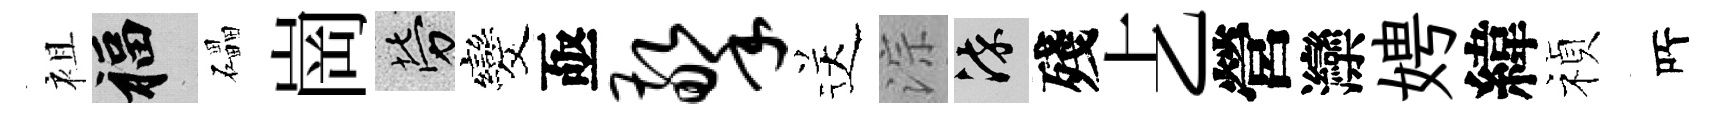
袓福礧崗勞发亟擎送淙染殘𠧒營灤娉緯禎𠩄